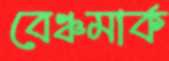
বেঞ্চমার্ক